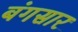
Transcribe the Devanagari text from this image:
बंगसार